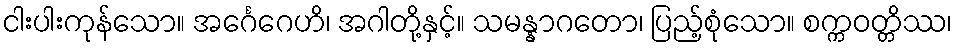
ငါးပါးကုန်သော။ အင်္ဂေဂေဟိ၊ အဂါတို့နှင့်။ သမန္နာဂတော၊ ပြည့်စုံသော။ စက္ကဝတ္တိဿ၊